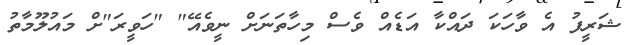
ޝަރީފު އެ ވާހަކަ ދައްކާ އަޑެއް ވެސް މިހާތަނަށް ނީވެއޭ" "ހަވީރަ"ށް މައުލޫމާތު